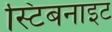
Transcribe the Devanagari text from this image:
स्टिबनाइट